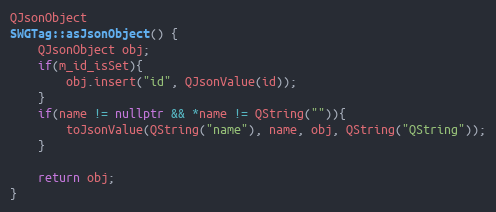
Language: C++
QJsonObject
SWGTag::asJsonObject() {
    QJsonObject obj;
    if(m_id_isSet){
        obj.insert("id", QJsonValue(id));
    }
    if(name != nullptr && *name != QString("")){
        toJsonValue(QString("name"), name, obj, QString("QString"));
    }

    return obj;
}